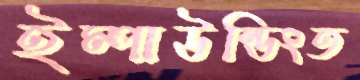
ইম্পাউন্ডিংত